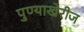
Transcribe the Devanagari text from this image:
पुण्याखेरीज